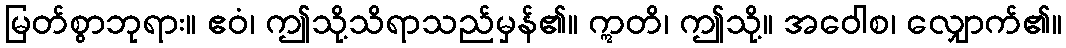
မြတ်စွာဘုရား။ ဧဝံ၊ ဤသို့သိရာသည်မှန်၏။ ဣတိ၊ ဤသို့။ အဝေါစ၊ လျှောက်၏။